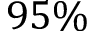
9 5 \%